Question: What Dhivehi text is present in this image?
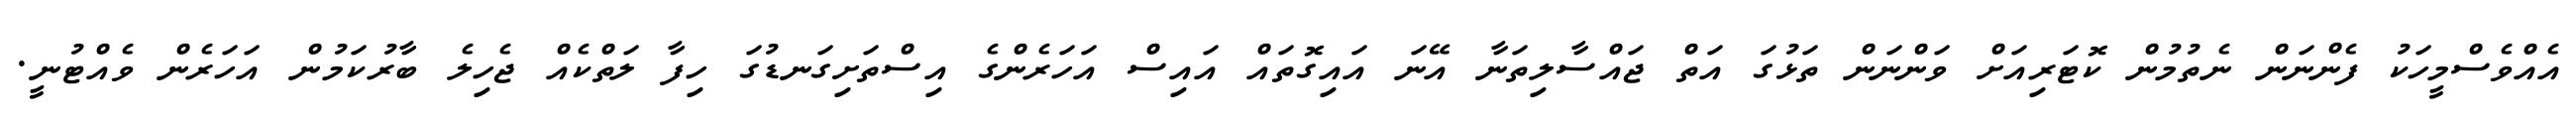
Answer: އެއްވެސްމީހަކު ފެންނަން ނެތުމުން ކޮޓަރިއަށް ވަންނަން ތަޅުގަ އަތް ޖައްސާލިތަނާ އޭނަ އައިގޮތައް އައިސް އަހަރެންގެ އިސްތަށިގަނޑުގަ ހިފާ ލަތްކެއް ޖެހިލެ ބާރުކަމުން އަހަރެން ވެއްޓުނީ.